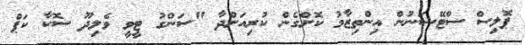
ޕޮލިސް ސްޓޭޝަނުން އިންްތިޒާމު ކޮށްގެން ކުރިއަށްދާ "ސަންގު ޓީވީ ވެލިދޫ ސޮކާ ކަޕް